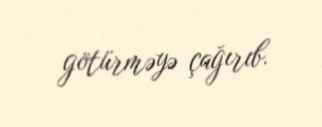
götürməyə çağırıb.